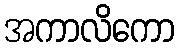
အကာလိကော